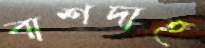
বাশদাহ